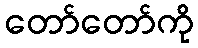
တော်တော်ကို